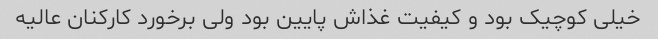
خیلی کوچیک بود و کیفیت غذاش پایین بود ولی برخورد کارکنان عالیه